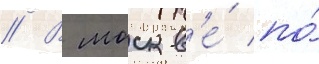
// В москв'е́ по́